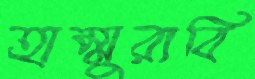
হাম্মুরাবি